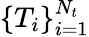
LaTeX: \lbrace T_{i}\rbrace_{i=1}^{N_{t}}